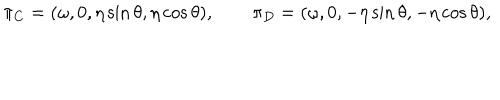
\pi _ { C } = ( \omega , 0 , \eta \sin \theta , \eta \cos \theta ) , \qquad \pi _ { D } = ( \omega , 0 , - \eta \sin \theta , - \eta \cos \theta ) ,